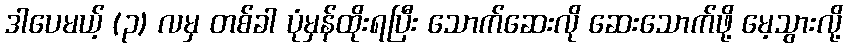
ဒါပေမယ့် (၃) လမှ တစ်ခါ ပုံမှန်ထိုးရပြီး သောက်ဆေးလို ဆေးသောက်ဖို့ မေ့သွားလို့